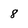
Character: 8